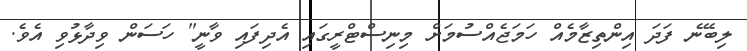
ލިބޭނެ ފަދަ އިންތިޒާމެއް ހަމަޖެއްސުމަށް މިނިސްޓްރީގައި އެދިފައި ވާނީ" ހަސަން ވިދާޅުވި އެވެ.